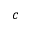
c